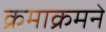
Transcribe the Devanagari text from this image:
क्रमाक्रमने